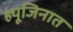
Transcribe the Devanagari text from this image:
ह्यूजिनात